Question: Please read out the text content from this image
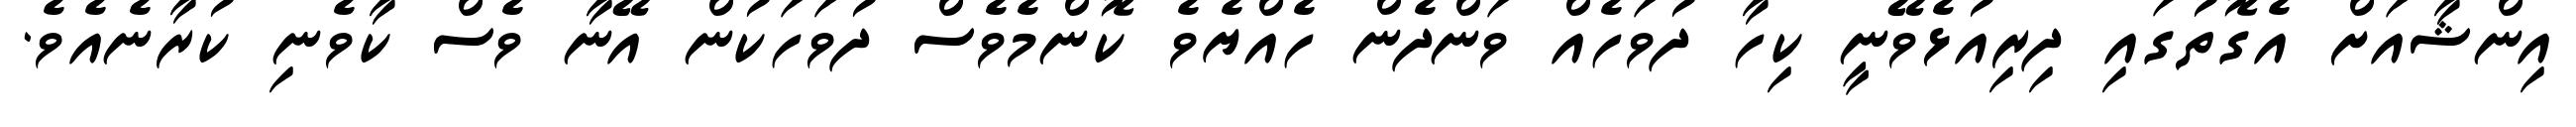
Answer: އިންޝާއަށް އެގޮތުގައި ދިރިއުޅެވޭނީ ކިހާ ދުވަހެއް ވަންދެން ހެއްޔެވެ ކޮންމެވެސް ދުވަހަކުން އޭނާ ވެސް ކާވެނި ކުރާނެއެވެ.